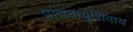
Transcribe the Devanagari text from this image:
प्राणवायूशिवाय